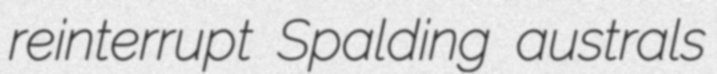
reinterrupt Spalding australs